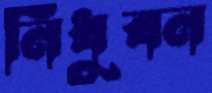
নিধুবন